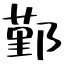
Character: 鄞